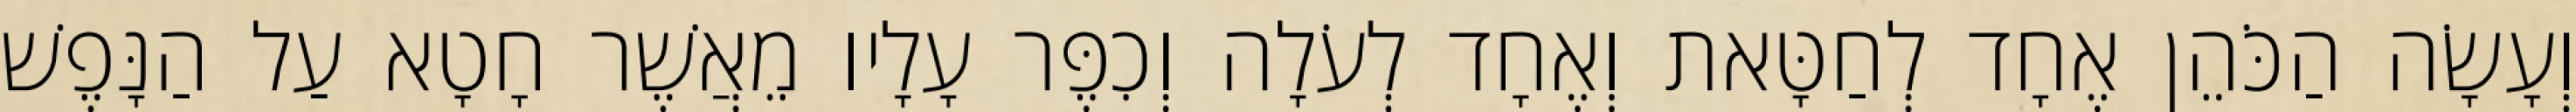
וְעָשָׂה הַכֹּהֵן אֶחָד לְחַטָּאת וְאֶחָד לְעֹלָה וְכִפֶּר עָלָיו מֵאֲשֶׁר חָטָא עַל הַנָּפֶשׁ